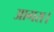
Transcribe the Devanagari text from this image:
आगरा।